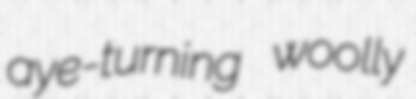
aye-turning woolly